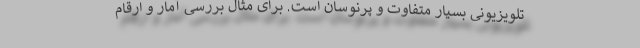
تلویزیونی بسیار متفاوت و پرنوسان است. برای مثال بررسی آمار و ارقام